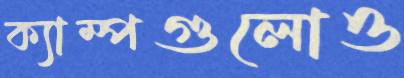
ক্যাম্পগুলোও